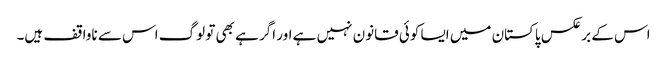
اس کے برعکس پاکستان میں ایسا کوئی قانون نہیں ہے اور اگر ہے بھی تو لوگ اس سے ناواقف ہیں۔